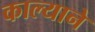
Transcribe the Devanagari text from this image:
काल्याने